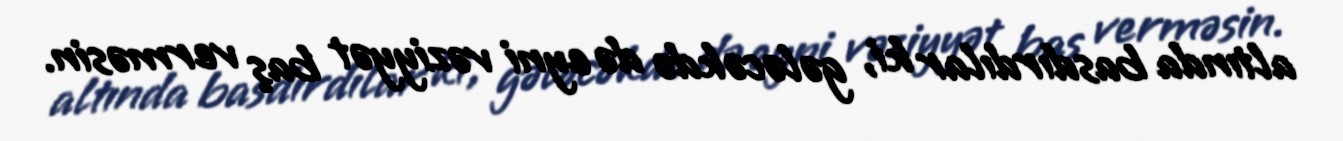
altında basdırdılar ki, gələcəkdə də eyni vəziyyət baş verməsin.